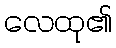
လေထု၏